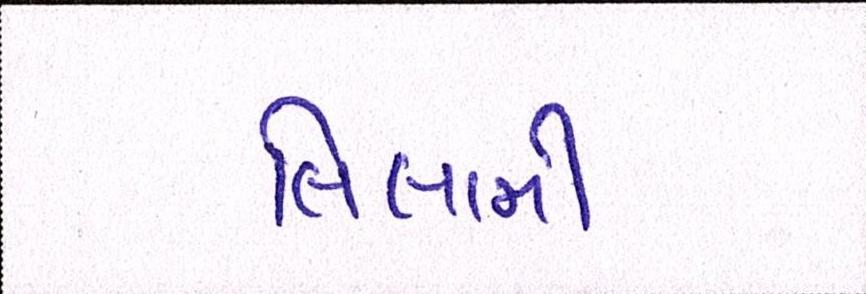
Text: લિલામી